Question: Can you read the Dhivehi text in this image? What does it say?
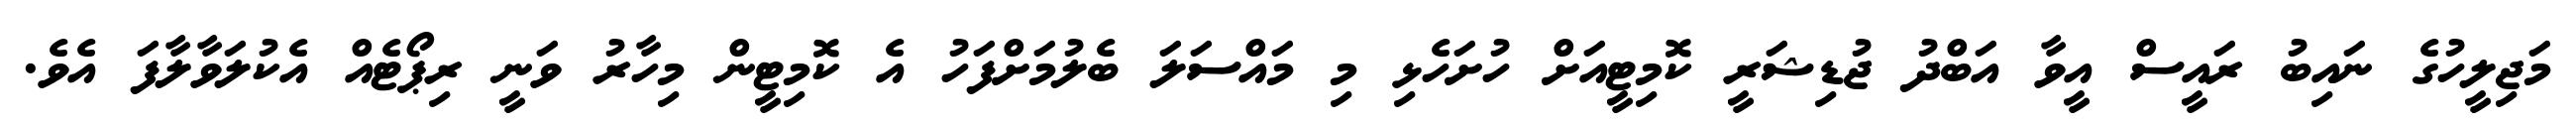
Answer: މަޖިލީހުގެ ނައިބު ރައީސް އީވާ އަބްދު ޖުޑިޝަރީ ކޮމިޓީއަށް ހުށަހެޅި މި މައްސަލަ ބެލުމަށްފަހު އެ ކޮމިޓީން މިހާރު ވަނީ ރިޕޯޓެއް އެކުލަވާލާފަ އެވެ.